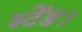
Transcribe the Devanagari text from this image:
स्टेंड।